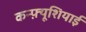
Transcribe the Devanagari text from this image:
कन्फ़्यूशियाई